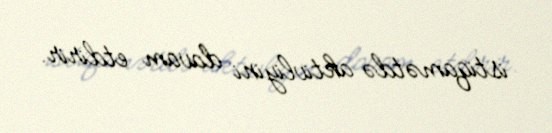
istiqamətdə aktivliyini davam etdirir.